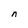
Character: n